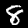
Digit: 8